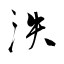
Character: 泆